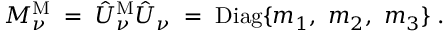
{ \cal M } _ { \nu } ^ { \mathrm { M } } \; = \; \hat { U } _ { \nu } ^ { \mathrm { M } } \hat { U } _ { \nu } \; = \; \mathrm { D i a g } \{ m _ { 1 } , ~ m _ { 2 } , ~ m _ { 3 } \} \; .